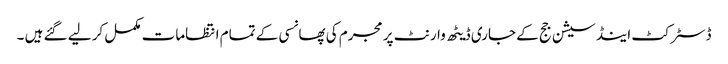
ڈسٹرکٹ اینڈ سیشن جج کے جاری ڈیٹھ وارنٹ پر مجرم کی پھانسی کے تمام انتظامات مکمل کر لیے گئے ہیں ۔